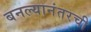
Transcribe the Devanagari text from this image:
बनल्यानंतरची